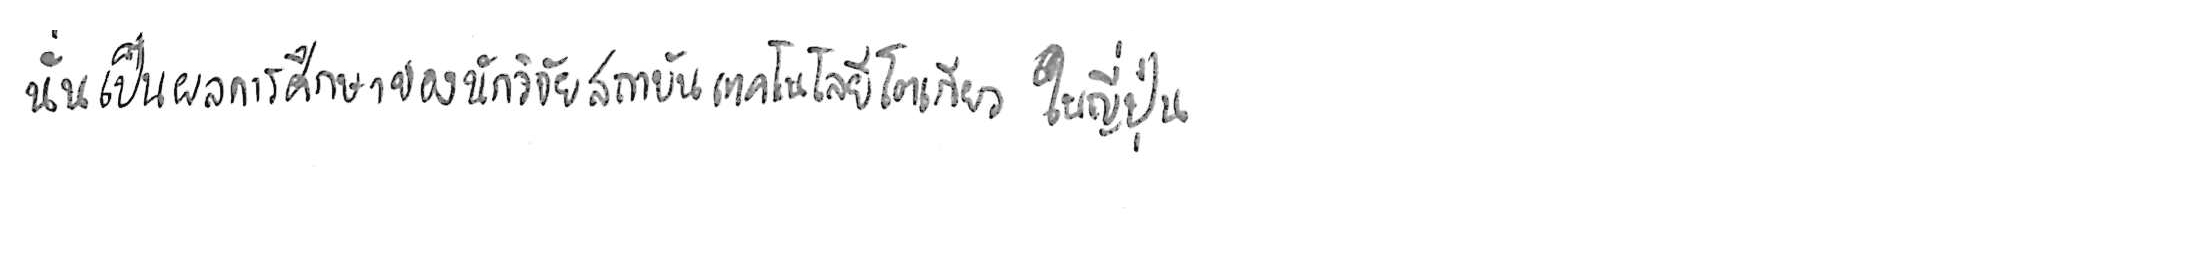
นั่นเป็นผลการศึกษาของนักวิจัยสถาบันเทคโนโลยีโตเกียว ในญี่ปุ่น